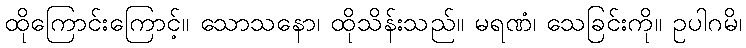
ထိုကြောင်းကြောင့်။ သောသနော၊ ထိုသိန်းသည်။ မရဏံ၊ သေခြင်းကို။ ဥပါဂမိ၊